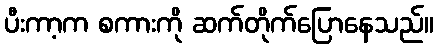
ပီးကာ့က စကားကို ဆက်တိုက်ပြောနေသည်။